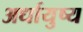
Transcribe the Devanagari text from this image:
अर्धायुष्य